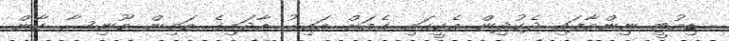
ޑިއުޓީ ނިންމާފައި ދެކުދިން އެކީގައި ގެއަށް އައިރު އާދައިގެ މަތިން މޫނިސާ ކާން